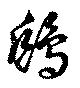
鴟